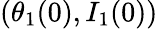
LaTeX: (\theta_{1}(0),I_{1}(0))